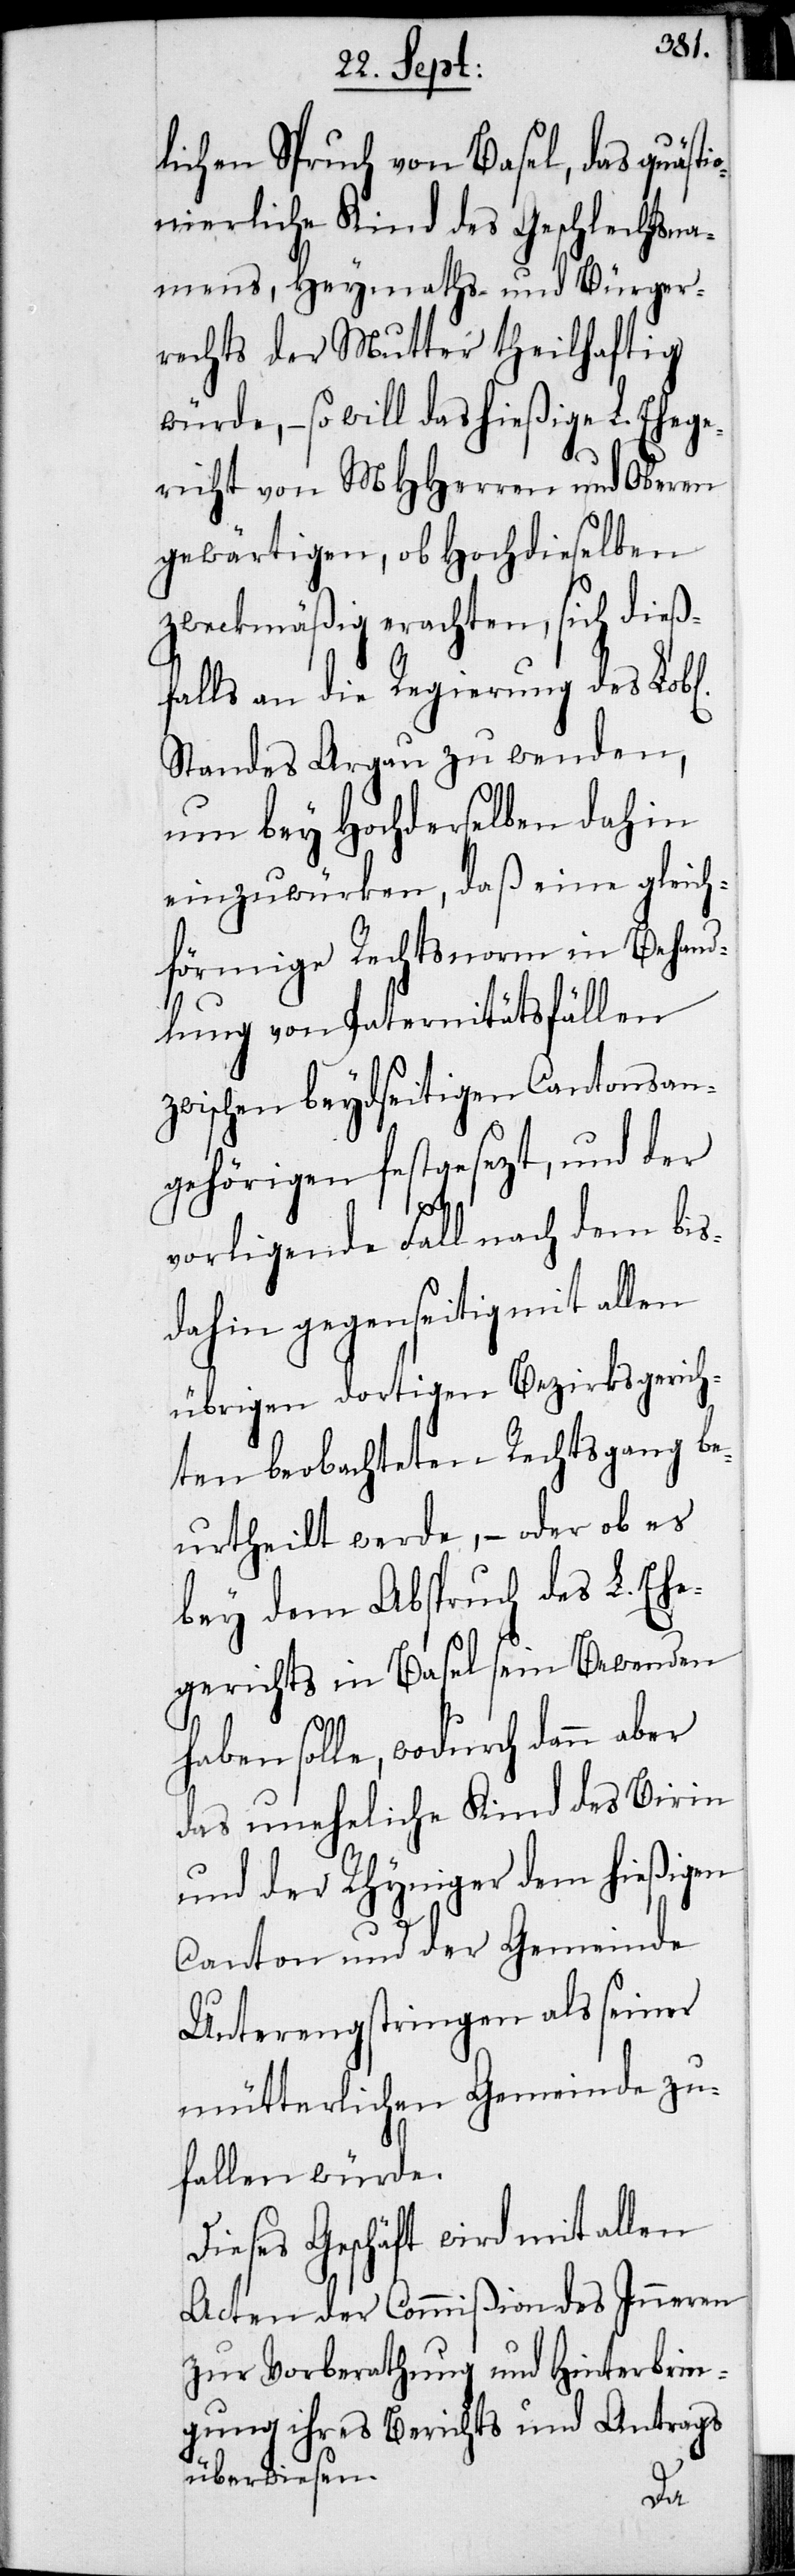
lichen Spruch von Basel, das quäst¬
ionierliche Kind des Geschlechtsna¬
mens, Heymaths- und Bürger¬
rechts der Mutter theilhaftig
würde, – so will das hießige L. Ehege¬
richt von MHHerren und Oberen
gewärtigen, ob Hochdieselben
zweckmäßig erachten, sich dieß¬
falls an die Regierung des Lob[l¬
Standes Argau zu wenden,
um bey Hochderselben dahin
einzuwürken, daß eine gleich¬
förmige Rechtsnorm in Behand¬
lung von Paternitätsfällen
zwischen beydseitigen Cantonsan¬
gehörigen festgesezt, und der
en]
vorligende Fall nach dem bis¬
dahin gegenseitig mit allen
übrigen dortigen Bezirksgerich¬
ten beobachteten Rechtsgang be¬
urtheilt werde, – oder ob es
bey dem Abspruch des L. Ehe¬
gerichts in Basel sein Bewenden
haben solle, wodurch dann aber
das uneheliche Kind des Birin
und der Rhyniger dem hießigen
Canton und der Gemeinde
Unterengstringen als seiner
mütterlichen Gemeinde zu¬
fallen würde.
Dieses Geschäft wird mit allen
Acten der Commißion des Inneren
zur Vorberathung und Hinterbrin¬
gung ihres Berichts und Antrags
überwiesen.